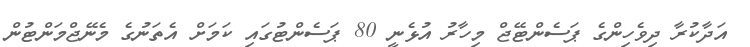
އަދާކުރާ ދިވެހިންގެ ޕަސެންޓޭޖް މިހާރު އުޅެނީ 80 ޕަސެންޓުގައި ކަމަށް އެތަނުގެ މެނޭޖްމަންޓުން